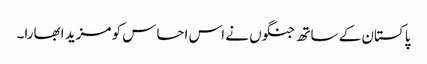
پاکستان کے ساتھ جنگوں نے اس احساس کو مزید ابھارا۔